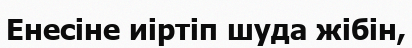
Енесіне иіртіп шуда жібін,